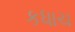
કધાચ